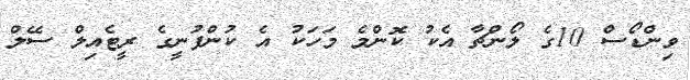
ވިންޑޯސް 10ގެ ލޯންޗާ އެކު ކޮންމެ މަހަކު އެ ކުންފުނީގެ ރީޓެއިލް ސޭލް